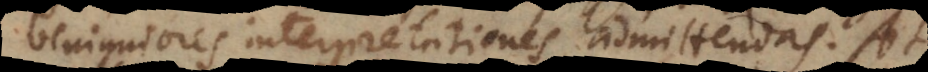
benigniores interpretationes admittendas. At